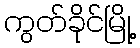
ကွတ်ခိုင်မြို့